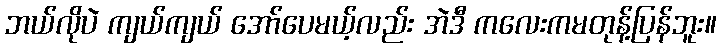
ဘယ်လိုပဲ ကျယ်ကျယ် အော်ပေမယ့်လည်း အဲဒီ ကလေးကမတုန့်ပြန်ဘူး။